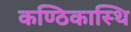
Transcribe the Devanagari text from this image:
कण्ठिकास्थि